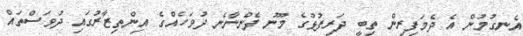
އެނގުމުން އެ ދެމަފިރިން ތިބީ ދަރިފުޅުގެ މޫނު ފެންނާނެ ދުވަހެއްގެ އިންތިޒާރުގައި ދުވަސްތައް